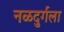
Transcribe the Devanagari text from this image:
नळदुर्गला